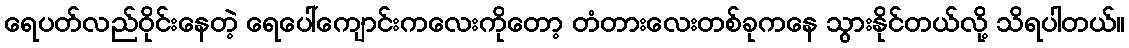
ရေပတ်လည်ဝိုင်းနေတဲ့ ရေပေါ်ကျောင်းကလေးကိုတော့ တံတားလေးတစ်ခုကနေ သွားနိုင်တယ်လို့ သိရပါတယ်။